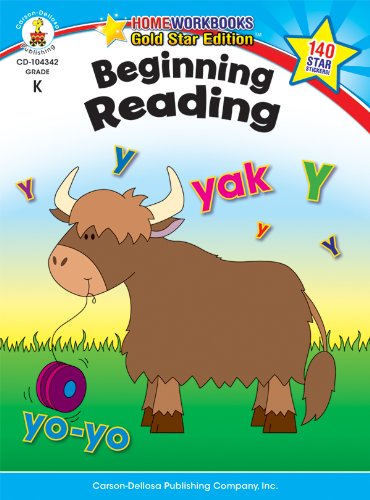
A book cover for Beginning Reading, Grade K: Gold Star Edition (Home Workbooks); Education & Teaching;